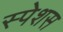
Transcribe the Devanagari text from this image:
स्पेशस